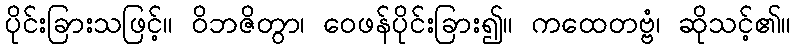
ပိုင်းခြားသဖြင့်။ ဝိဘဇိတွာ၊ ဝေဖန်ပိုင်းခြား၍။ ကထေတဗ္ဗံ၊ ဆိုသင့်၏။